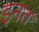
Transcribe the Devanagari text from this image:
इनत